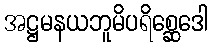
အဋ္ဌမနယဘူမိပရိစ္ဆေဒေါ